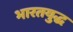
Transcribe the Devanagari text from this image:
भारतयुद्ध